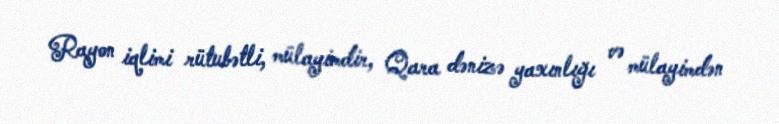
Rayon iqlimi rütubətli, mülayimdir, Qara dənizə yaxınlığı və mülayimdən